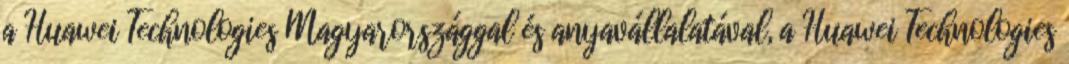
a Huawei Technologies Magyarországgal és anyavállalatával, a Huawei Technologies